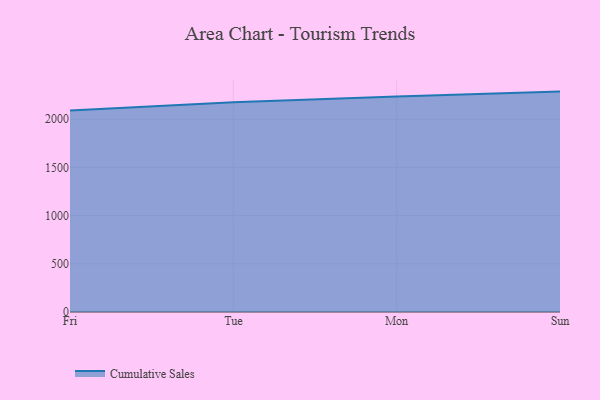
{"axis": {"x": "Day", "y": "Temperature (°C)"}, "legend": ["Cumulative Sales"], "data": [{"x": "Fri", "y": 2091.4, "type": "Cumulative Sales"}, {"x": "Tue", "y": 2175.8, "type": "Cumulative Sales"}, {"x": "Mon", "y": 2236.1, "type": "Cumulative Sales"}, {"x": "Sun", "y": 2287.4, "type": "Cumulative Sales"}]}